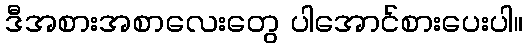
ဒီအစားအစာလေးတွေ ပါအောင်စားပေးပါ။